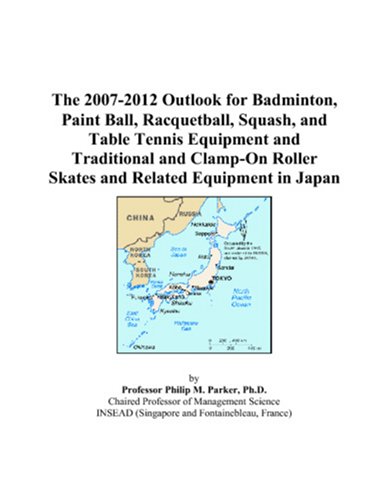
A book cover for The 2007-2012 Outlook for Badminton, Paint Ball, Racquetball, Squash, and Table Tennis Equipment and Traditional and Clamp-On Roller Skates and Related Equipment in Japan; Philip M. Parker; Sports & Outdoors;